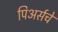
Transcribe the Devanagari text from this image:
पिअर्सचे